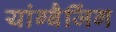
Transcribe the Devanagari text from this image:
यांग्बैजिंग